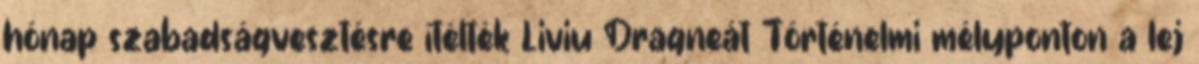
hónap szabadságvesztésre ítélték Liviu Dragneát Történelmi mélyponton a lej